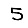
Digit: 5